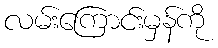
လမ်းကြောင်းမှန်ကို